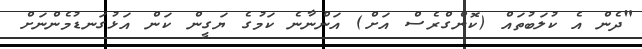
"ދެން އެ ކުލަބުތައް (ކޮންގްރެސް އަށް) އަންނާނެ ކަމުގެ ޔަގީން ކަން އަޅުގަނޑުމެންނަށް